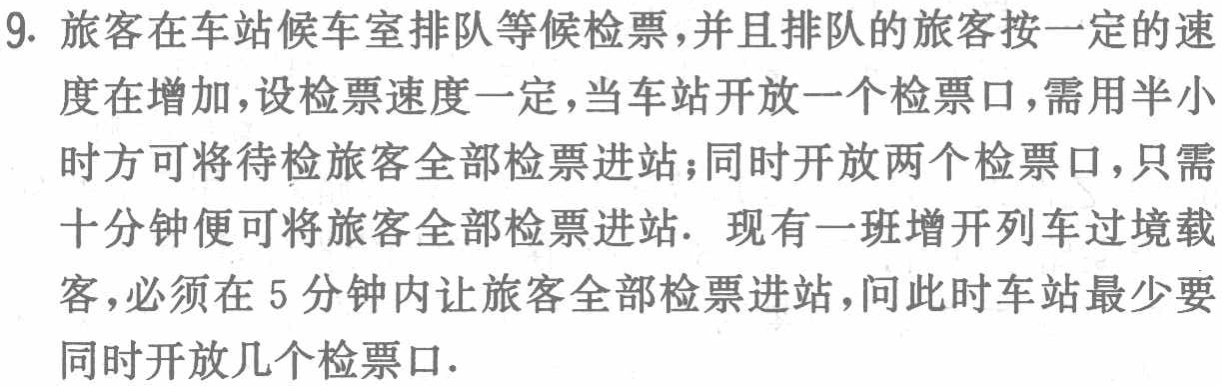
9. 旅客在车站候车室排队等候检票，并且排队的旅客按一定的速度在增加，设检票速度一定，当车站开放一个检票口，需用半小时方可将待检旅客全部检票进站；同时开放两个检票口，只需十分钟便可将旅客全部检票进站. 现有一班增开列车过境载客，必须在5分钟内让旅客全部检票进站，问此时车站最少要同时开放几个检票口.